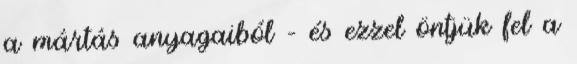
a mártás anyagaiból – és ezzel öntjük fel a